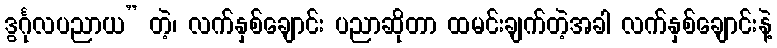
ဒွင်္ဂုလပညာယ” တဲ့၊ လက်နှစ်ချောင်း ပညာဆိုတာ ထမင်းချက်တဲ့အခါ လက်နှစ်ချောင်းနဲ့